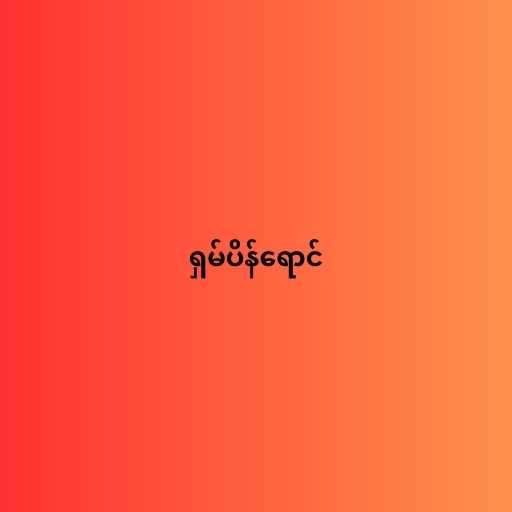
ရှမ်ပိန်ရောင်